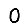
Digit: 0